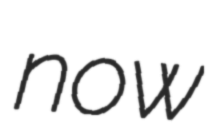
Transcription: now